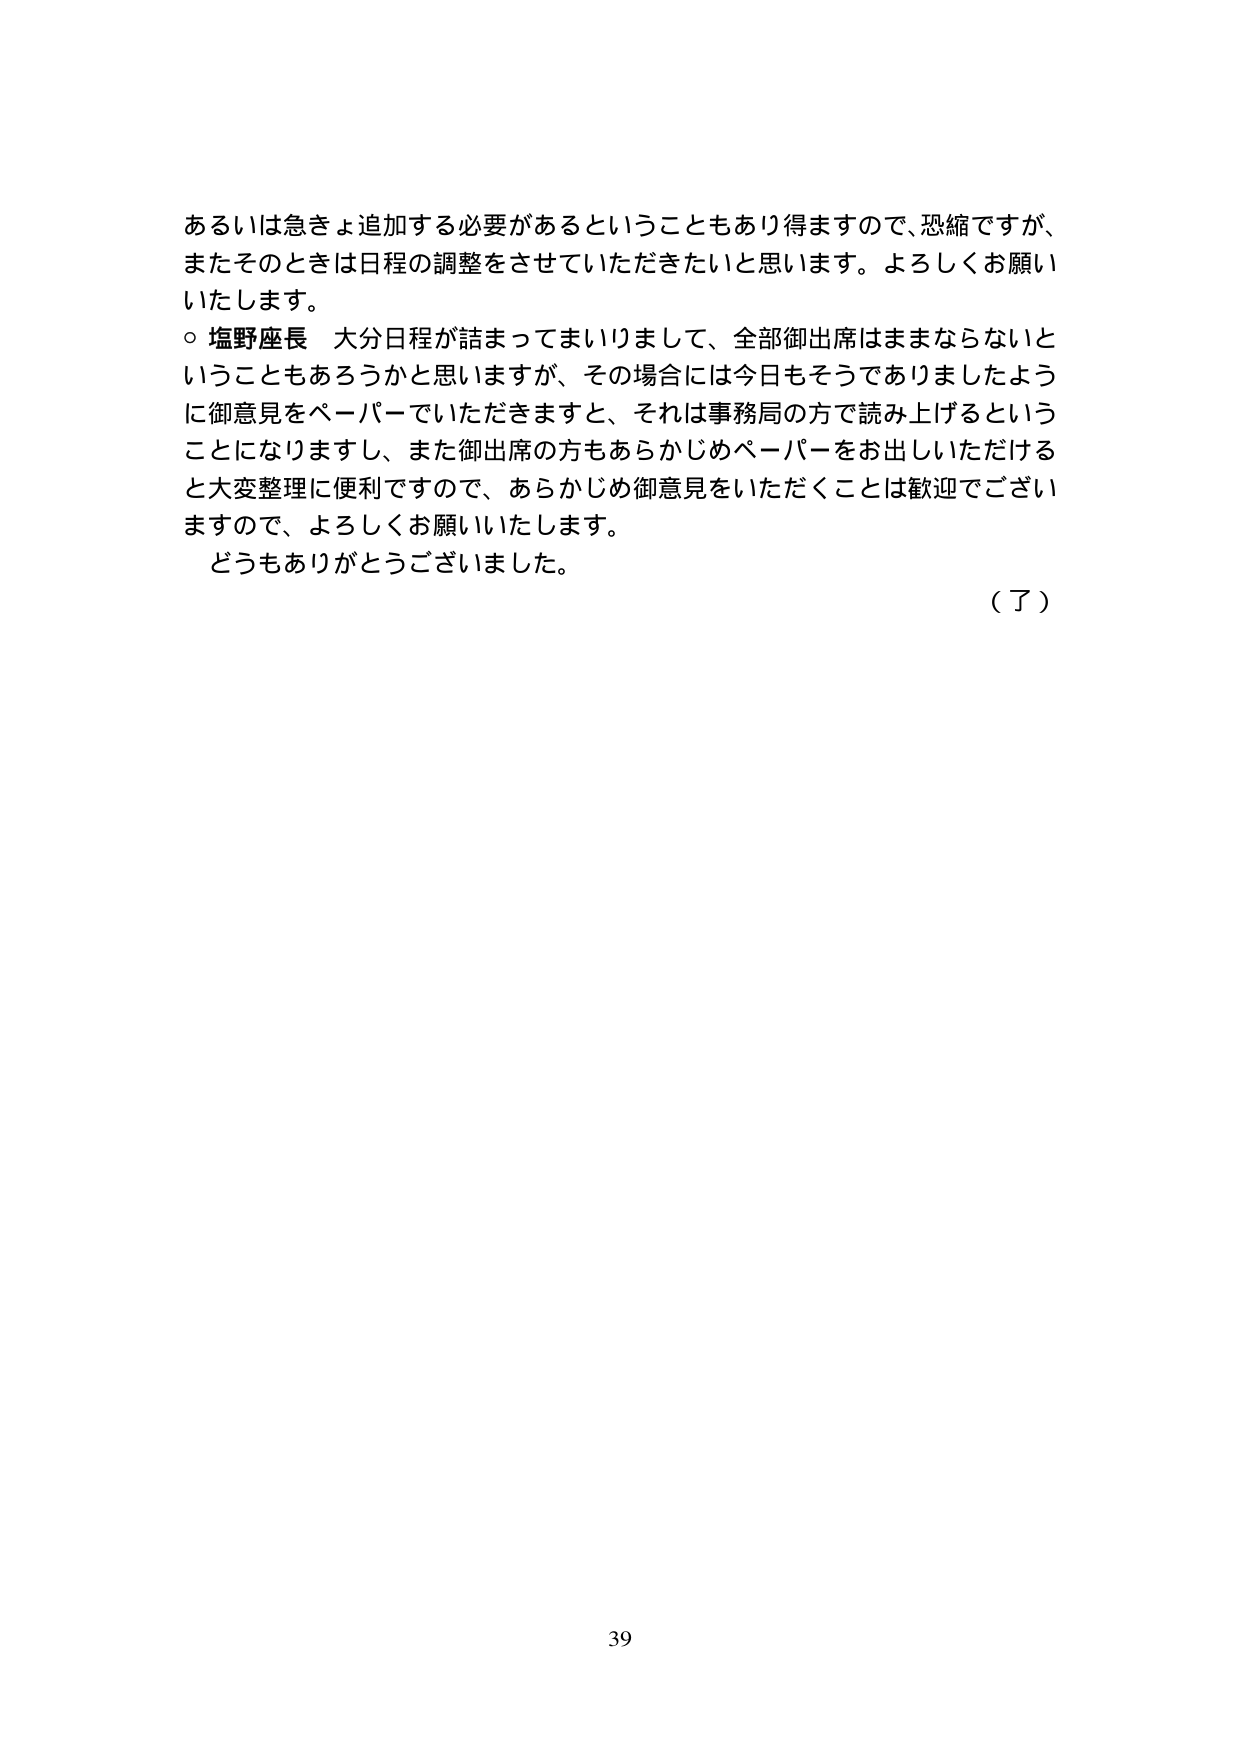
あるいは急きょ追加する必要があるということもあり得ますので、恐縮ですが、
またそのときは日程の調整をさせていただきたいと思います。よろしくお願い
いたします。
○ 塩野座長 大分日程が詰まってまいりまして、全部御出席はままならないと
いうこともあろうかと思いますが、その場合には今日もそうでありましたよう
に御意見をペーパーでいただきますと、それは事務局の方で読み上げるという
ことになりますし、また御出席の方もあらかじめペーパーをお出しいただける
と大変整理に便利ですので、あらかじめ御意見をいただくことは歓迎でござい
ますので、よろしくお願いいたします。
どうもありがとうございました。
（了）
39